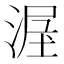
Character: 𱧩